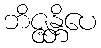
ဘိဇ္ဇန္တိပေ